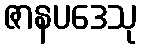
ဇာနပဒေသု